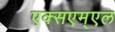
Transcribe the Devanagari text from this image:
एक्सएम्एल